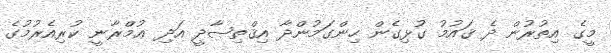
މީގެ އިތުރުން ދެ ޤައުމު ގުޅިގެން ހިންގަމުންދާ އިޤްތިޞާދީ އަދި ޢުމްރާނީ ކުރިއެރުމުގެ